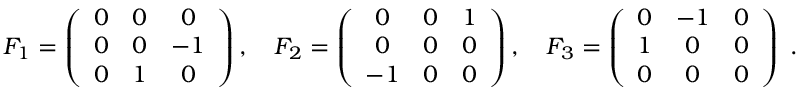
F _ { 1 } = \left( { \begin{array} { c c c } { 0 } & { 0 } & { 0 } \\ { 0 } & { 0 } & { - 1 } \\ { 0 } & { 1 } & { 0 } \end{array} } \right) , \quad F _ { 2 } = \left( { \begin{array} { c c c } { 0 } & { 0 } & { 1 } \\ { 0 } & { 0 } & { 0 } \\ { - 1 } & { 0 } & { 0 } \end{array} } \right) , \quad F _ { 3 } = \left( { \begin{array} { c c c } { 0 } & { - 1 } & { 0 } \\ { 1 } & { 0 } & { 0 } \\ { 0 } & { 0 } & { 0 } \end{array} } \right) ~ . \quad